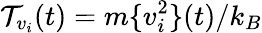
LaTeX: {\cal T}_{v_{i}}(t)=m\{ v_{i}^{2}\} (t)/k_{B}